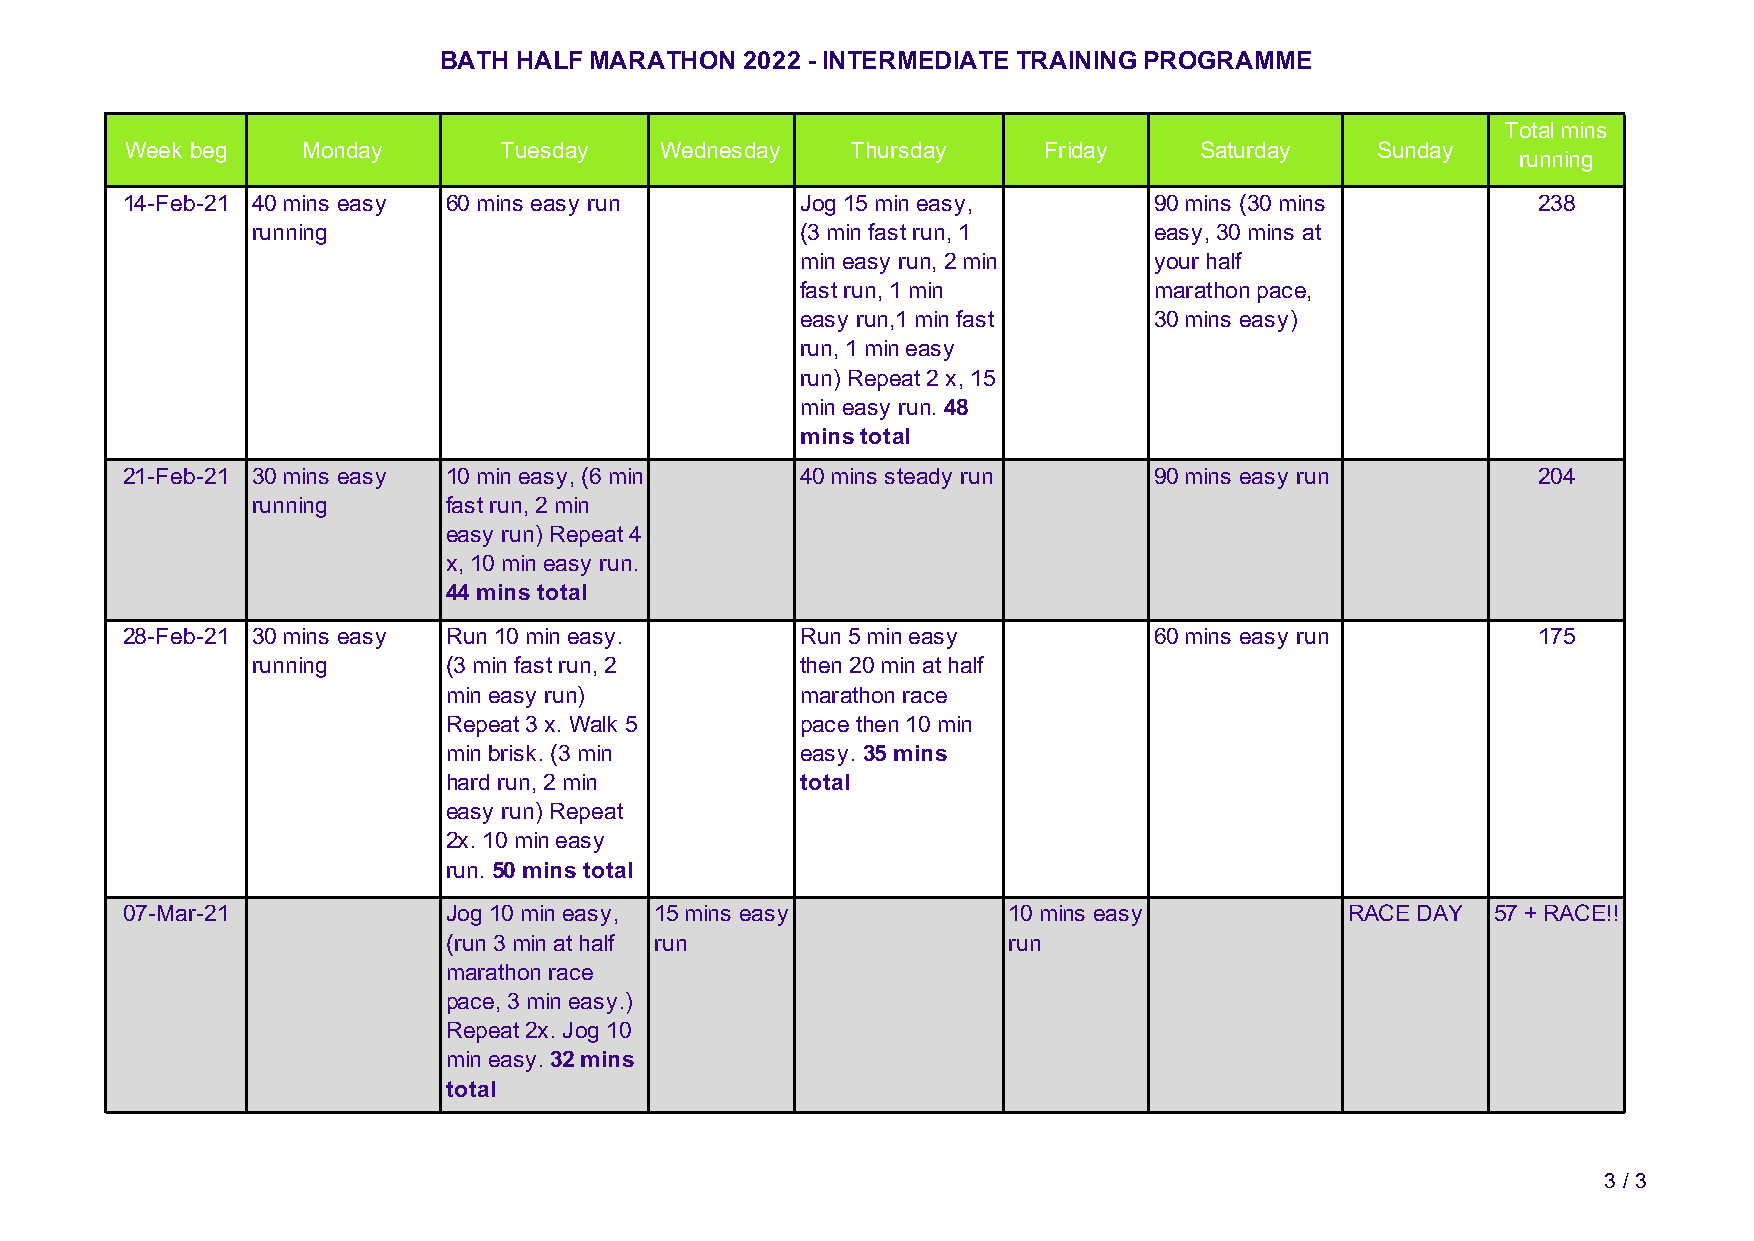
BATH HALF MARATHON  2022 - INTERMEDIATE TRAINING PROGRAMME
 Total mins
 Week beg    Monday       Tuesday    Wednesday   Thursday     Friday    Saturday    Sunday
 running
 14-Feb-21 40 mins easy 60 mins easy run      Jog 15 min easy,       90 mins (30 mins          238
 running                             (3 min fast run, 1     easy, 30 mins at
 min easy run, 2 min    your half
 fast run, 1 min        marathon pace,
 easy run,1 min fast    30 mins easy)
 run, 1 min easy
 run) Repeat 2 x, 15
 min easy run. 48
 mins total
 21-Feb-21 30 mins easy 10 min easy, (6 min   40 mins steady run     90 mins easy run          204
 running      fast run, 2 min
 easy run) Repeat 4
 x, 10 min easy run.
 44 mins total
 28-Feb-21 30 mins easy Run 10 min easy.      Run 5 min easy         60 mins easy run          175
 running      (3 min fast run, 2     then 20 min at half
 min easy run)          marathon race
 Repeat 3 x. Walk 5     pace then 10 min
 min brisk. (3 min      easy. 35 mins
 hard run, 2 min        total
 easy run) Repeat
 2x. 10 min easy
 run. 50 mins total
 07-Mar-21             Jog 10 min easy, 15 mins easy        10 mins easy          RACE DAY  57 + RACE!!
 (run 3 min at half run               run
 marathon race
 pace, 3 min easy.)
 Repeat 2x. Jog 10
 min easy. 32 mins
 total
 3 / 3